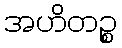
အဟိတဉ္စ